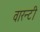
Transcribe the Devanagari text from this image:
वारन्टी